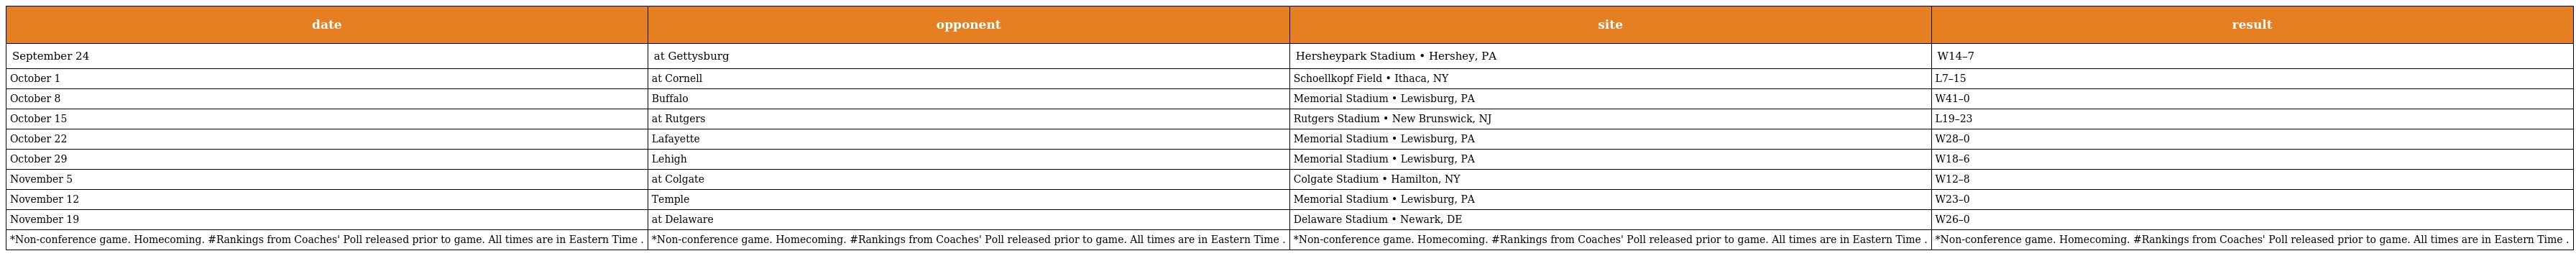
| date | opponent | site | result |
 | --- | --- | --- | --- |
 | September 24 | at Gettysburg | Hersheypark Stadium • Hershey, PA | W14–7 |
 | October 1 | at Cornell | Schoellkopf Field • Ithaca, NY | L7–15 |
 | October 8 | Buffalo | Memorial Stadium • Lewisburg, PA | W41–0 |
 | October 15 | at Rutgers | Rutgers Stadium • New Brunswick, NJ | L19–23 |
 | October 22 | Lafayette | Memorial Stadium • Lewisburg, PA | W28–0 |
 | October 29 | Lehigh | Memorial Stadium • Lewisburg, PA | W18–6 |
 | November 5 | at Colgate | Colgate Stadium • Hamilton, NY | W12–8 |
 | November 12 | Temple | Memorial Stadium • Lewisburg, PA | W23–0 |
 | November 19 | at Delaware | Delaware Stadium • Newark, DE | W26–0 |
 | *Non-conference game. Homecoming. #Rankings from Coaches' Poll released prior to game. All times are in Eastern Time . | *Non-conference game. Homecoming. #Rankings from Coaches' Poll released prior to game. All times are in Eastern Time . | *Non-conference game. Homecoming. #Rankings from Coaches' Poll released prior to game. All times are in Eastern Time . | *Non-conference game. Homecoming. #Rankings from Coaches' Poll released prior to game. All times are in Eastern Time . |